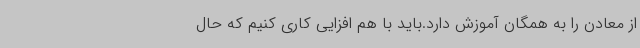
از معادن را به همگان آموزش دارد.باید با هم افزایی کاری کنیم که حال